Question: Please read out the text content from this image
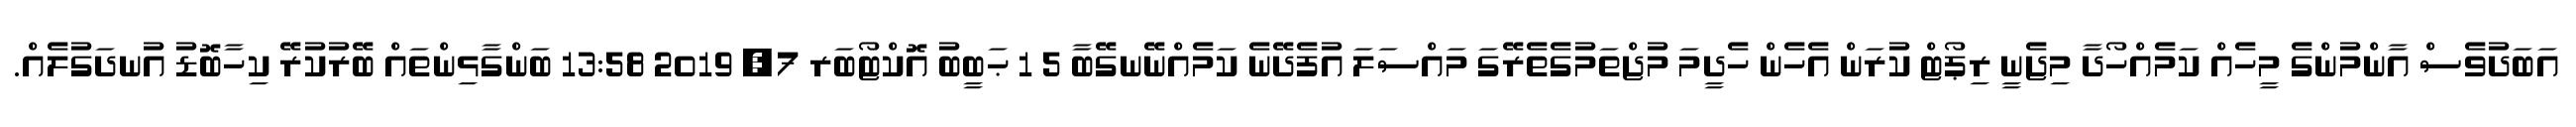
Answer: އަބަދުވެސް އާންމުންގެ މީހެއް ކަމެއްހޯދާ މިޖެނީ ރިޕޯޓް ކުރަން އެހެން ހެދީމަ މުޖްތަމުގެތެރޭގަ މައްސަލަ އުފެދޭނެ ކަމެއްނޭނގޭބާ 5 1 ޙަބީބު އޮކްޓޯބަރ 7, 2019 13:58 ބަންގާޅިންތައް ބޭރުކުރޭ ކިހާބޮޑު އުނދަގުލެއް.